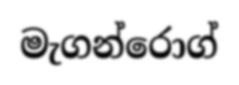
මැගන්රොග්